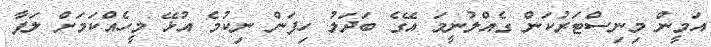
އަމީން މިނިސްޓަރުކަން ގެއްލުނީމަ އޭގެ ބަދަލު ހިފަން ނިކުމެ އުޅޭ މީހެއްކަމަށް ލަފާ